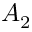
A _ { 2 }